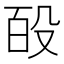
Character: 𭮩